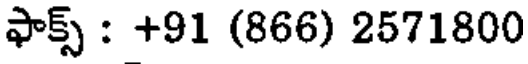
ఫాక్స్ : +91 (866) 2571800